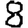
Digit: 8